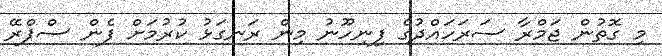
މި ގޮތުން ޖަމްރާ ސަރަހައްދުގެ ފިނިހޫނު މިން ރަނގަޅު ކުރުމަށް ފެން ސްޕްރޭ